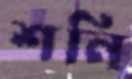
শনি